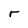
Character: r